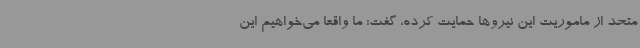
متحد از ماموریت این نیروها حمایت کرده، گفت: ما واقعا می‌خواهیم این